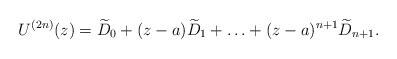
LaTeX: \begin{align*}U^{(2n)}(z)=\widetilde D_0+ (z-a)\widetilde D_1+\ldots+(z-a)^{n+1}\widetilde D_{n+1}.\end{align*}